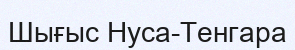
Шығыс Нуса-Тенгара